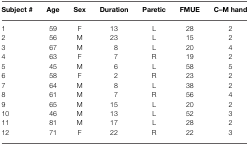
<table><thead><tr><td><b>Subject #</b></td><td><b>Age</b></td><td><b>Sex</b></td><td><b>Duration</b></td><td><b>Paretic</b></td><td><b>FMUE</b></td><td><b>C–M hand</b></td></tr></thead><tbody><tr><td>1</td><td>59</td><td>F</td><td>13</td><td>L</td><td>28</td><td>2</td></tr><tr><td>2</td><td>56</td><td>M</td><td>23</td><td>L</td><td>15</td><td>2</td></tr><tr><td>3</td><td>67</td><td>M</td><td>8</td><td>L</td><td>20</td><td>4</td></tr><tr><td>4</td><td>63</td><td>F</td><td>7</td><td>R</td><td>19</td><td>2</td></tr><tr><td>5</td><td>45</td><td>M</td><td>6</td><td>L</td><td>58</td><td>5</td></tr><tr><td>6</td><td>58</td><td>F</td><td>2</td><td>R</td><td>23</td><td>2</td></tr><tr><td>7</td><td>64</td><td>M</td><td>8</td><td>L</td><td>38</td><td>2</td></tr><tr><td>8</td><td>61</td><td>M</td><td>7</td><td>R</td><td>56</td><td>4</td></tr><tr><td>9</td><td>65</td><td>M</td><td>15</td><td>L</td><td>20</td><td>2</td></tr><tr><td>10</td><td>46</td><td>M</td><td>13</td><td>L</td><td>52</td><td>3</td></tr><tr><td>11</td><td>81</td><td>M</td><td>17</td><td>L</td><td>28</td><td>2</td></tr><tr><td>12</td><td>71</td><td>F</td><td>22</td><td>R</td><td>22</td><td>3</td></tr></tbody></table>